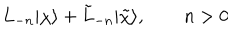
L _ { - n } | \chi \rangle + \tilde { L } _ { - n } | \tilde { \chi } \rangle , \qquad n > 0